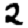
Digit: 2